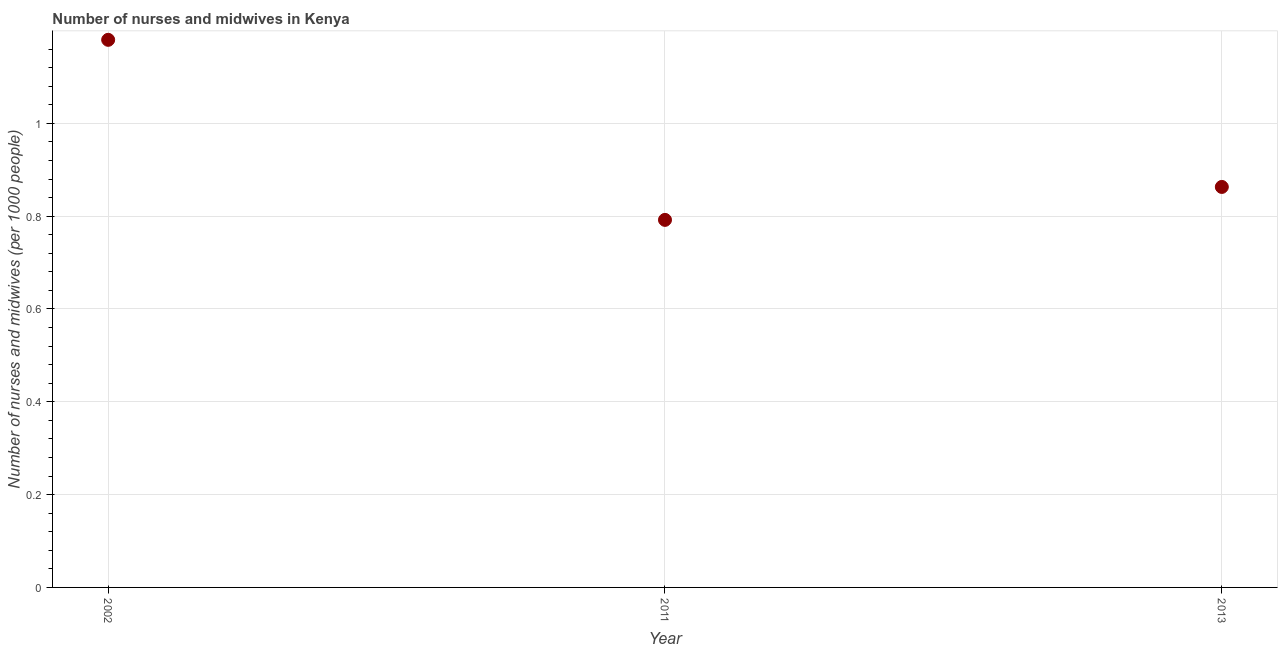
| Year | Nurses and midwives |
 | --- | --- |
 | 2002 | 1.18 |
 | 2011 | 0.792 |
 | 2013 | 0.863 |